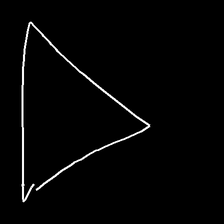
Glyph: convergence